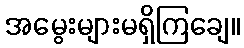
အမွေးများမရှိကြချေ။